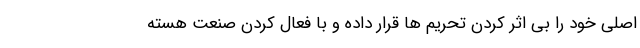
اصلی خود را بی اثر کردن تحریم ها قرار داده و با فعال کردن صنعت هسته